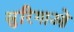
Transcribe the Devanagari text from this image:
सुरिगाओ